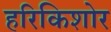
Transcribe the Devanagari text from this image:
हरिकिशोर